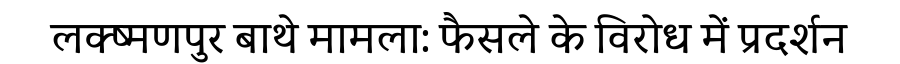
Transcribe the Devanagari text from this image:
लक्ष्मणपुर बाथे मामला: फैसले के विरोध में प्रदर्शन